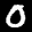
Label: 0